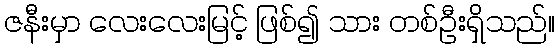
ဇနီးမှာ လေးလေးမြင့် ဖြစ်၍ သား တစ်ဦးရှိသည်။